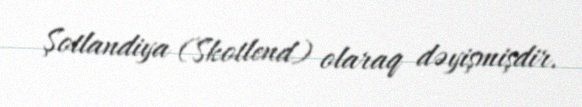
Şotlandiya (Skotlend) olaraq dəyişmişdir.